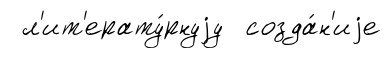
л'ит'ерату́рнуjу созда́н'иjе